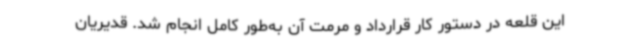
این قلعه در دستور کار قرارداد و مرمت آن به‌طور کامل انجام شد. قدیریان